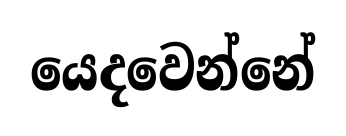
යෙදවෙන්නේ